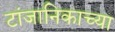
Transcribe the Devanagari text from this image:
टांजानिकाच्या